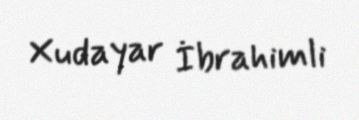
Xudayar İbrahimli